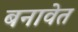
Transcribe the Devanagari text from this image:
बनावेत